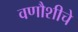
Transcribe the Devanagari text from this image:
वणौशीचे